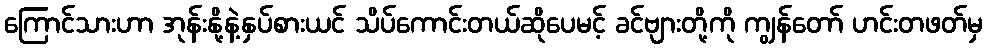
ကြောင်သားဟာ အုန်းနို့နဲ့နှပ်စားယင် သိပ်ကောင်းတယ်ဆိုပေမင့် ခင်ဗျားတို့ကို ကျွန်တော် ဟင်းတဖတ်မှ